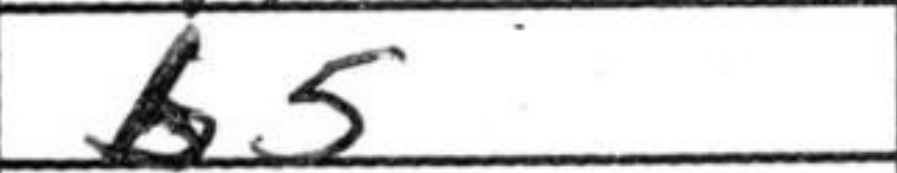
Transcription: b5